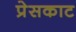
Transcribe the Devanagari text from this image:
प्रेसकाट